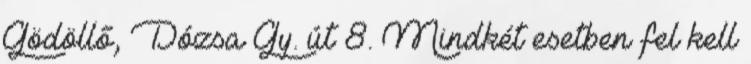
Gödöllő, Dózsa Gy. út 8. Mindkét esetben fel kell